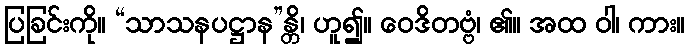
ပြခြင်းကို။ “သာသနပဋ္ဌာန”န္တိ၊ ဟူ၍။ ဝေဒိတဗ္ဗံ၊ ၏။ အထ ဝါ၊ ကား။